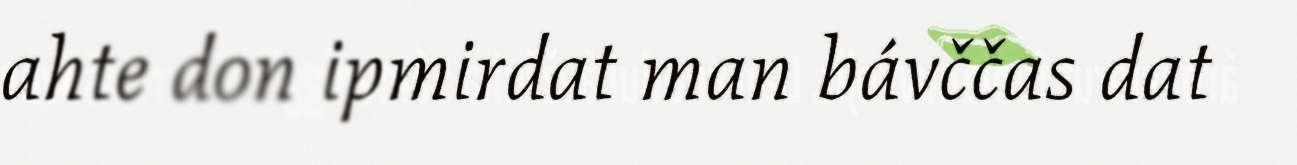
ahte don ipmirdat man bávččas dat